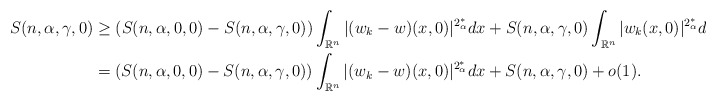
\begin{align*}S(n,\alpha,\gamma,0) &\ge \left(S(n,\alpha,0,0) - S(n,\alpha,\gamma,0)\right) \int_ {\mathbb{R}^n} |(w_k - w) (x,0)|^ {2_{\alpha}^*}dx+S(n,\alpha,\gamma,0) \int_ {\mathbb{R}^n} |w_k (x,0)|^ {2_{\alpha}^*}dx+o(1) \\ & =\left(S(n,\alpha,0,0) - S(n,\alpha,\gamma,0)\right) \int_ {\mathbb{R}^n} |(w_k - w) (x,0)|^ {2_{\alpha}^*}dx+S(n,\alpha,\gamma,0)+o(1) . \end{align*}